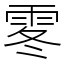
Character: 𩂓